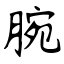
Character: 腕